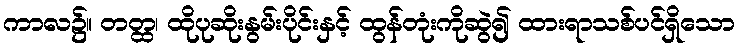
ကာလ၌။ တတ္ထ၊ ထိုပုဆိုးနွမ်းပိုင်းနှင့် ထွန်တုံးကိုဆွဲ၍ ထားရာသစ်ပင်ရှိသော